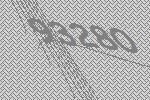
93280